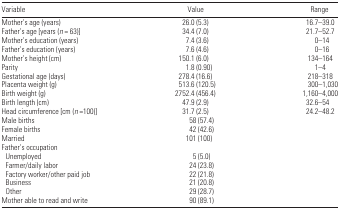
| Variable | Value | Range |
 | --- | --- | --- |
 | Mother’s age (years) | 26.0 (5.3) | 16.7–39.0 |
 | Father’s age [years (n = 63)] | 34.4 (7.0) | 21.7–52.7 |
 | Mother’s education (years) | 7.4 (3.6) | 0–14 |
 | Father’s education (years) | 7.6 (4.6) | 0–16 |
 | Mother’s height (cm) | 150.1 (6.0) | 134–164 |
 | Parity | 1.8 (0.90) | 1–4 |
 | Gestational age (days) | 278.4 (16.6) | 218–318 |
 | Placenta weight (g) | 513.6 (120.5) | 300–1,030 |
 | Birth weight (g) | 2752.4 (456.4) | 1,160–4,000 |
 | Birth length (cm) | 47.9 (2.9) | 32.6–54 |
 | Head circumference [cm (n =100)] | 31.7 (2.5) | 24.2–48.2 |
 | Male births | 58 (57.4) |  |
 | Female births | 42 (42.6) |  |
 | Married | 101 (100) |  |
 | <COLSPAN=3> Father’s occupation |
 | Unemployed | 5 (5.0) |  |
 | Farmer/daily labor | 24 (23.8) |  |
 | Factory worker/other paid job | 22 (21.8) |  |
 | Business | 21 (20.8) |  |
 | Other | 29 (28.7) |  |
 | Mother able to read and write | 90 (89.1) |  |